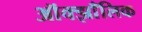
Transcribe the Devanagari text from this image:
ऑक्झाँलिक